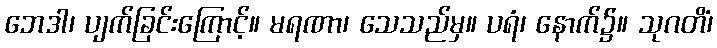
ဘေဒါ၊ ပျက်ခြင်းကြောင့်။ မရဏာ၊ သေသည်မှ။ ပရံ၊ နောက်၌။ သုဂတိံ၊